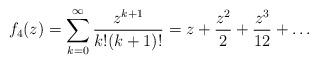
LaTeX: \begin{align*} f_4(z) = \sum_{k=0}^\infty \frac{z^{k+1}}{k!(k+1)!} = z + \frac{z^2}2 + \frac{z^3}{12} + \ldots \end{align*}